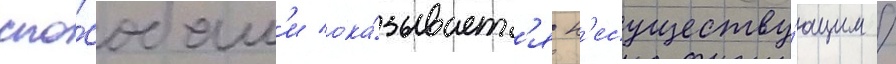
спо́собам'и ока́зываетс'я н'есуществу́ющим /